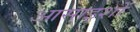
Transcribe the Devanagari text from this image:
आसाइशों